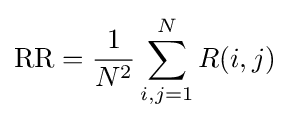
{\text{RR}}={\frac {1}{N^{2}}}\sum _{i,j=1}^{N}{R}(i,j)